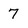
Character: 7